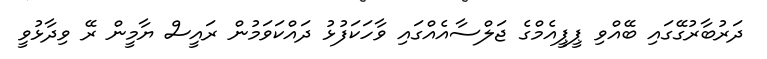
ދަރުބާރުގޭގައި ބޭއްވި ޕީޕީއެމްގެ ޖަލްސާއެއްގައި ވާހަކަފުޅު ދައްކަވަމުން ރައީސް ޔާމީން ރޭ ވިދާޅުވީ